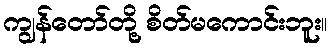
ကျွန်တော်တို့ စိတ်မကောင်းဘူး။